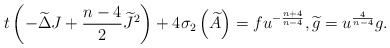
\begin{align*}t\left( -\widetilde{\Delta }J+\frac{n-4}{2}\widetilde{J}^{2}\right) +4\sigma_{2}\left( \widetilde{A}\right) =fu^{-\frac{n+4}{n-4}},\widetilde{g}=u^{\frac{4}{n-4}}g. \end{align*}